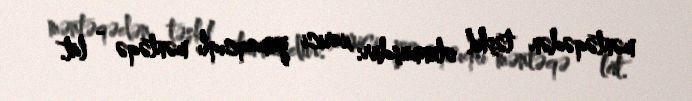
məntəqədən təşkil olunmuşdur: xarici yumaqcıqlı məntəqə - lat.